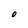
Character: O